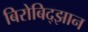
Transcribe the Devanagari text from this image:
बिरोबिद्झान